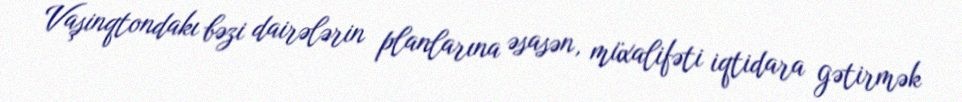
Vaşinqtondakı bəzi dairələrin planlarına əsasən, müxalifəti iqtidara gətirmək